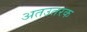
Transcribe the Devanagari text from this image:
अतउतरक